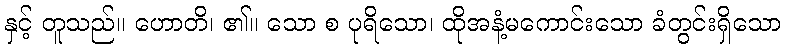
နှင့် တူသည်။ ဟောတိ၊ ၏။ သော စ ပုရိသော၊ ထိုအနံ့မကောင်းသော ခံတွင်းရှိသော